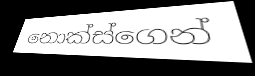
නොක්ස්ගෙන්